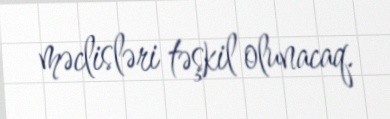
məclisləri təşkil olunacaq.